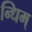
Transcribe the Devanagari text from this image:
न्धिम्